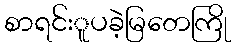
စာရင်းူပခဲ့မြတေကြို